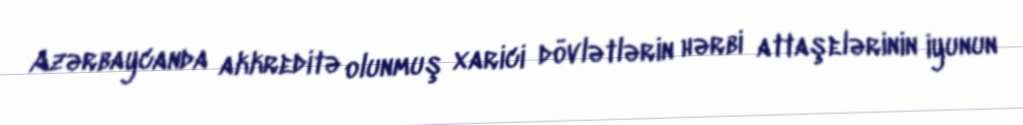
Azərbaycanda akkreditə olunmuş xarici dövlətlərin hərbi attaşelərinin iyunun